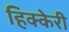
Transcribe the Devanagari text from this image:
हिक्केरी